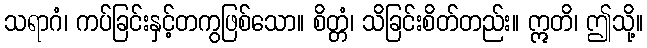
သရာဂံ၊ ကပ်ခြင်းနှင့်တကွဖြစ်သော။ စိတ္တံ၊ သိခြင်းစိတ်တည်း။ ဣတိ၊ ဤသို့။